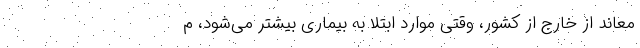
معاند از خارج از کشور، وقتی موارد ابتلا به بیماری بیشتر می‌شود، م